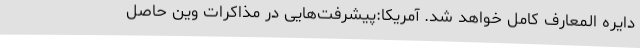
دایره المعارف کامل خواهد شد. آمریکا:پیشرفت‌هایی در مذاکرات وین حاصل